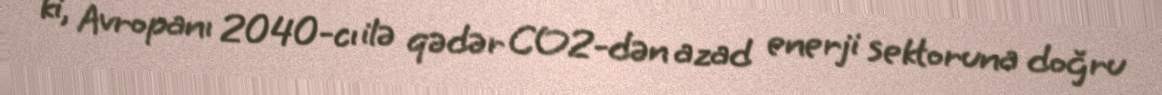
ki, Avropanı 2040-cı ilə qədər CO2-dən azad enerji sektoruna doğru